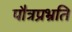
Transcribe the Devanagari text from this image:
पौत्रप्रभ्रति